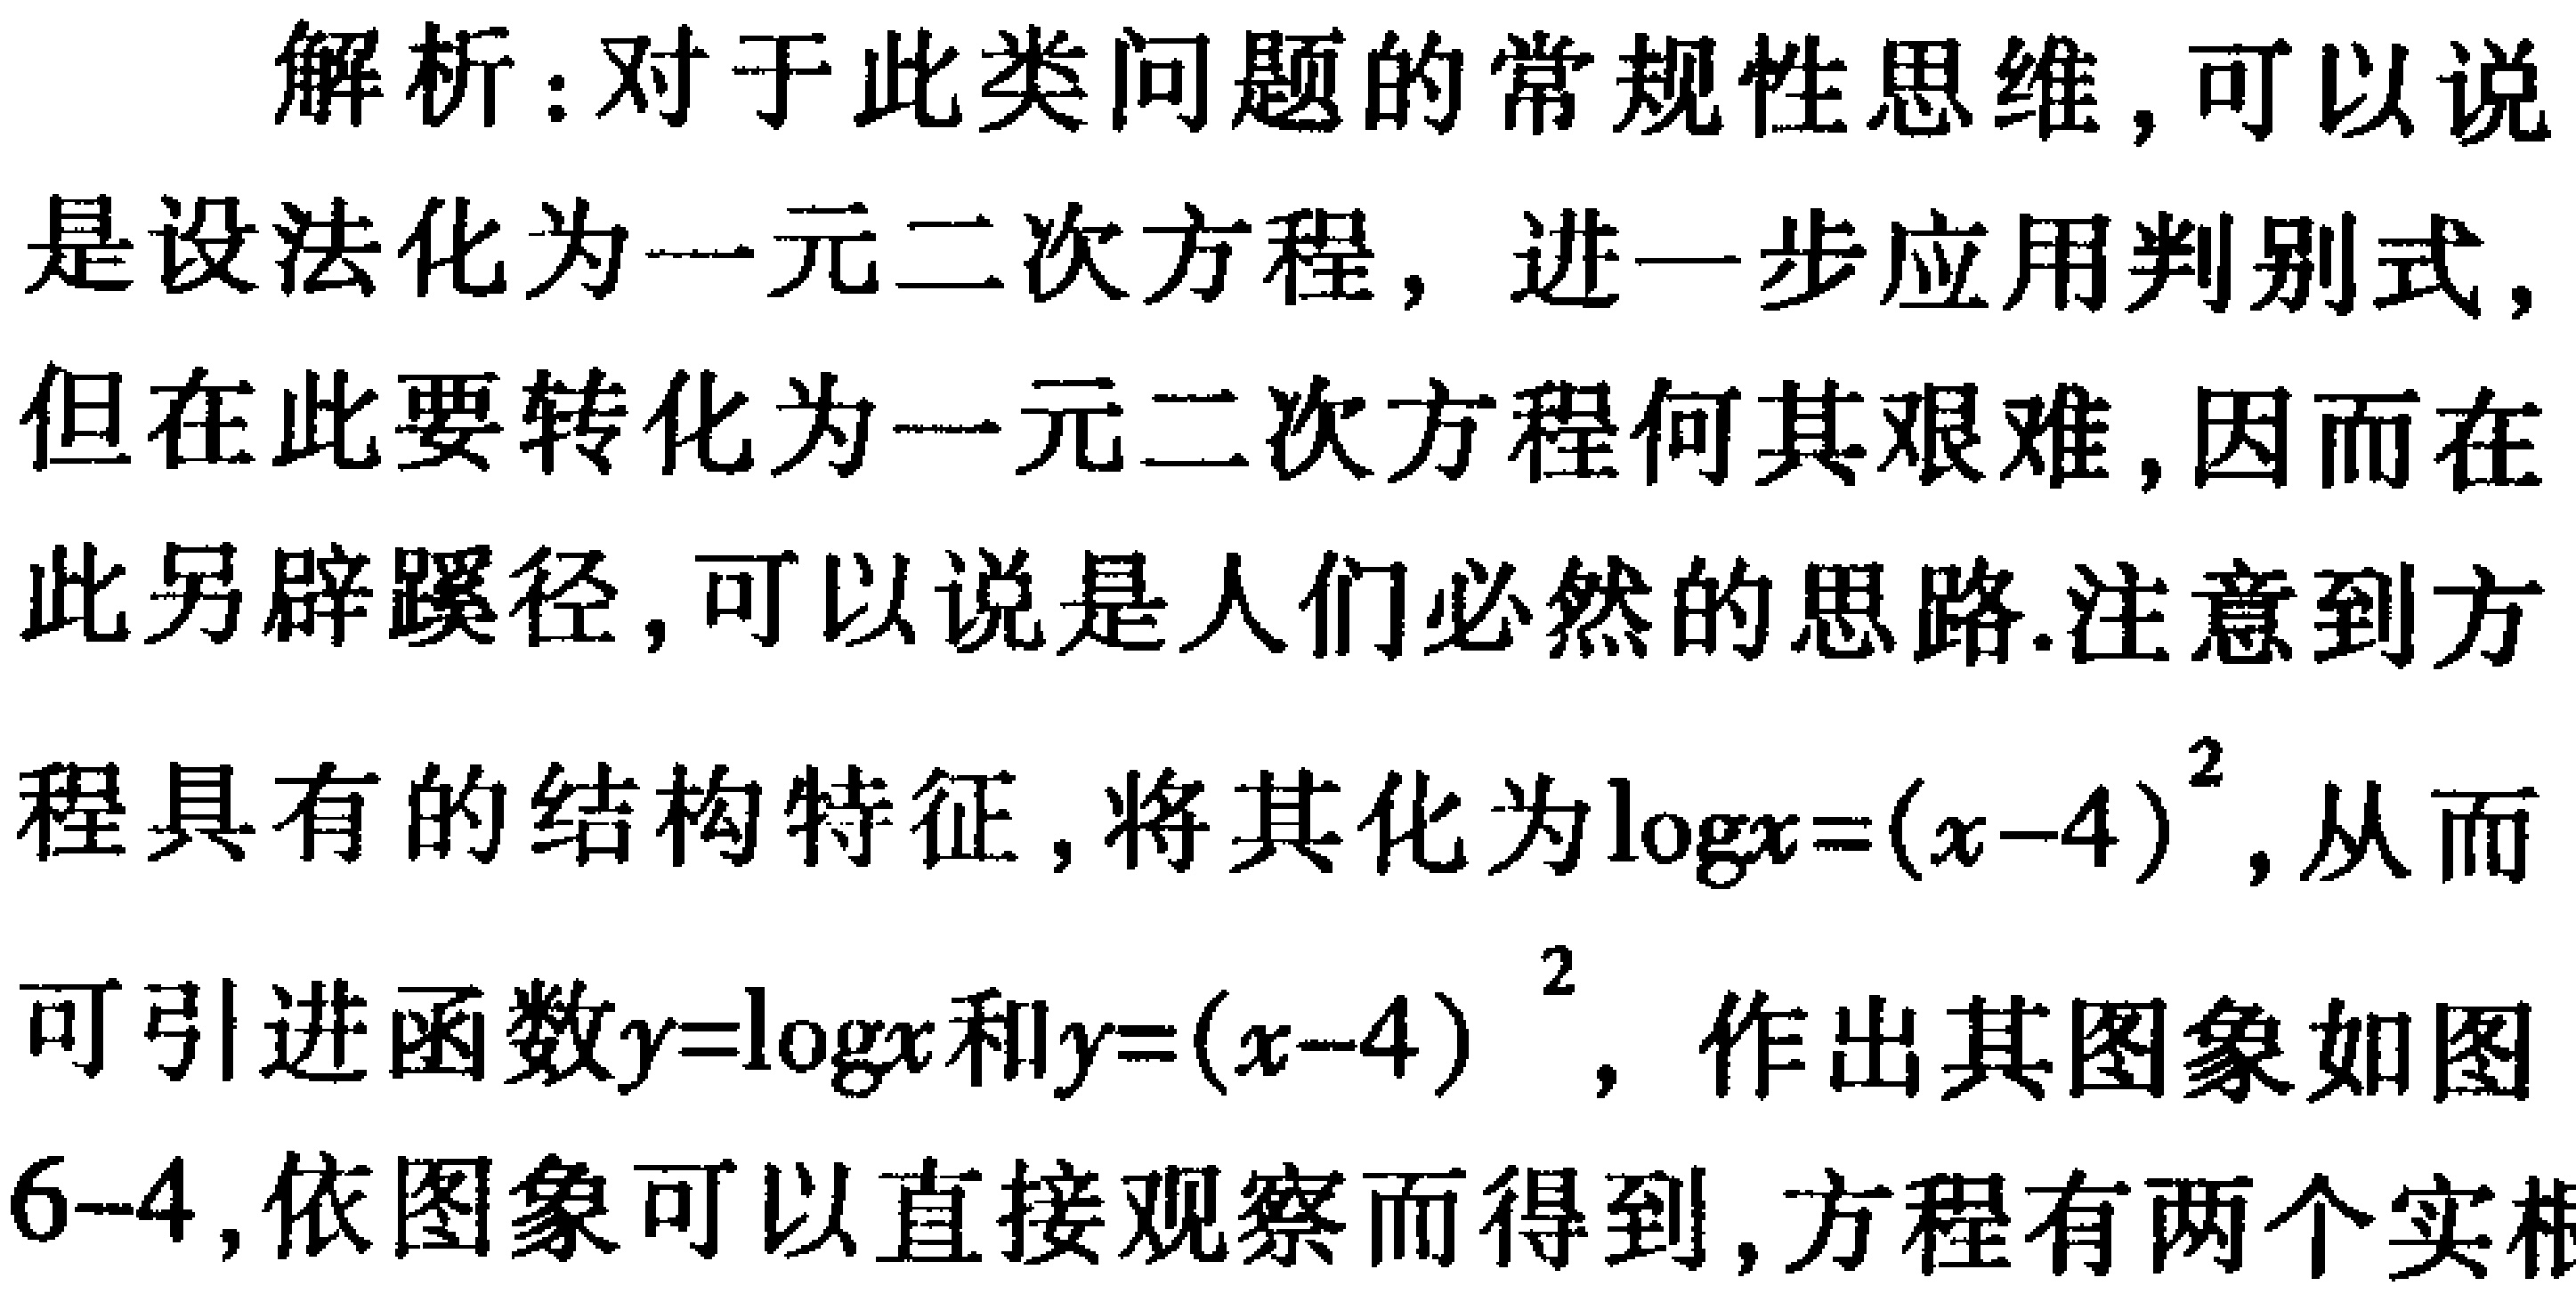
解析：对于此类问题的常规性思维，可以说是设法化为一元二次方程，进一步应用判别式，但在此要转化为一元二次方程何其艰难，因而在此另辟蹊径，可以说是人们必然的思路.注意到方程具有的结构特征，将其化为\(\log x=(x - 4)^2\)，从而可引进函数\(y = \log x\)和\(y=(x - 4)^2\)，作出其图象如图6-4，依图象可以直接观察而得到，方程有两个实根